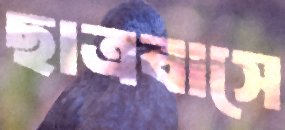
ছাত্রবাসে